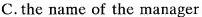
C.the name of the manage